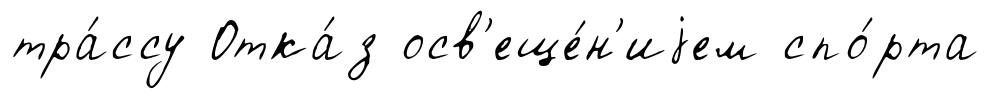
тра́ссу Отка́з осв'еще́н'иjем спо́рта